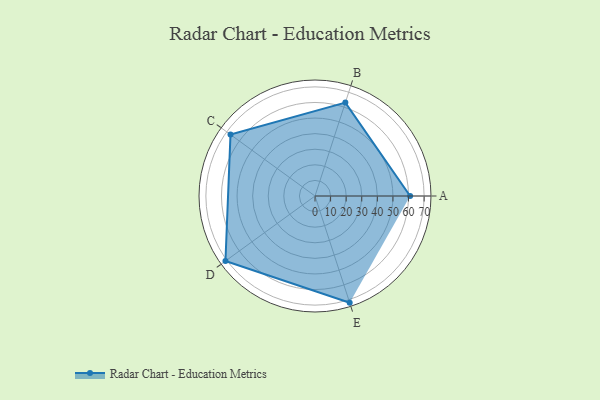
{"axis": {"x": "Skill", "y": "Score"}, "legend": ["Profile"], "data": [{"x": "A", "y": 61.0, "type": "Profile"}, {"x": "B", "y": 63.0, "type": "Profile"}, {"x": "C", "y": 67.0, "type": "Profile"}, {"x": "D", "y": 71.0, "type": "Profile"}, {"x": "E", "y": 72.0, "type": "Profile"}]}